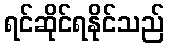
ရင်ဆိုင်ရနိုင်သည်